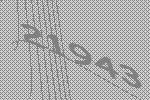
21943